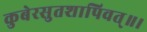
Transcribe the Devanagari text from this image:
कुबेरसुतशापिवत्‌॥।